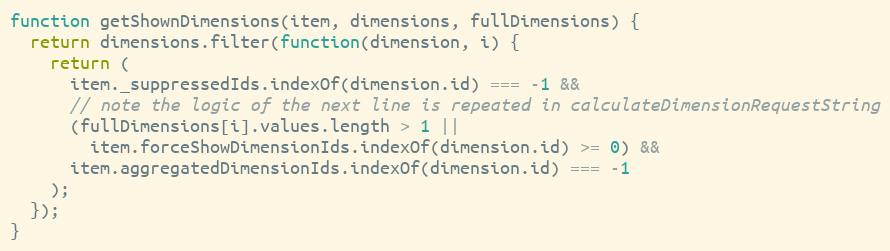
Language: JavaScript
function getShownDimensions(item, dimensions, fullDimensions) {
  return dimensions.filter(function(dimension, i) {
    return (
      item._suppressedIds.indexOf(dimension.id) === -1 &&
      // note the logic of the next line is repeated in calculateDimensionRequestString
      (fullDimensions[i].values.length > 1 ||
        item.forceShowDimensionIds.indexOf(dimension.id) >= 0) &&
      item.aggregatedDimensionIds.indexOf(dimension.id) === -1
    );
  });
}